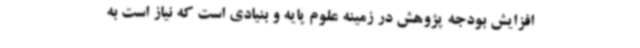
افزایش بودجه پژوهش در زمینه علوم پایه و بنیادی است که نیاز است به